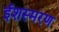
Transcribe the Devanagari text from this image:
ईशस्मरण